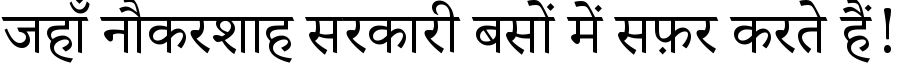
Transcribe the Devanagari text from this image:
जहाँ नौकरशाह सरकारी बसों में सफ़र करते हैं!